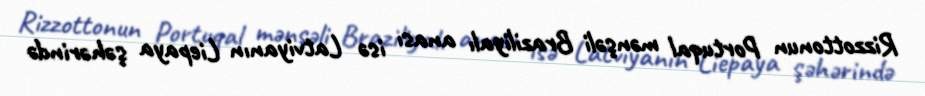
Rizzottonun Portuqal mənşəli Braziliyalı anası isə Latviyanın Liepaya şəhərində